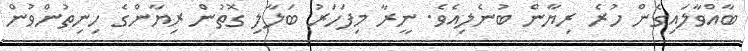
ބާއްވާލައިގެން ހުރެ ރިޔާން ބުނެލިއެވެ. ނީރާ މިފަހަރު ބަލާލި ގޮތުން ރިޔާންގެ ހިނިތުންވުން